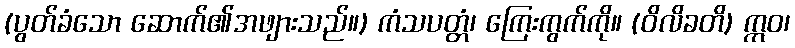
(ပွတ်ခံသော ဆောက်၏အဖျားသည်။) ကံသပတ္တံ၊ ကြေးကွက်ကို။ (ဝိလိခတိ) ဣဝ၊